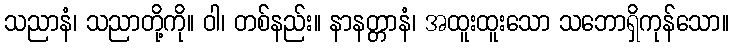
သညာနံ၊ သညာတို့ကို။ ဝါ၊ တစ်နည်း။ နာနတ္တာနံ၊ အထူးထူးသော သဘောရှိကုန်သော။